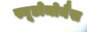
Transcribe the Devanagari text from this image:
स्यूडोमोनैस